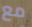
مع